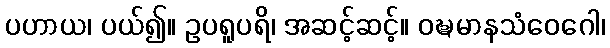
ပဟာယ၊ ပယ်၍။ ဥပရူပရိ၊ အဆင့်ဆင့်။ ဝဍ္ဎမာနသံဝေဂေါ၊